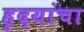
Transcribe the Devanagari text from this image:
हृदयांचा